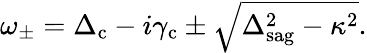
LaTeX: \begin{array}{r}{\omega_{\pm}=\Delta_{\mathrm{c}}-i\gamma_{\mathrm{c}}\pm\sqrt{\Delta_{\mathrm{sag}}^{2}-\kappa^{2}}.}\end{array}